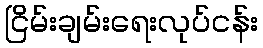
ငြိမ်းချမ်းရေးလုပ်ငန်း